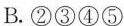
B.②③④⑤